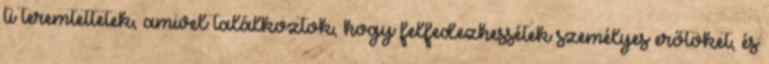
ti teremtettetek, amivel találkoztok, hogy felfedezhessétek személyes erőtöket, és